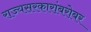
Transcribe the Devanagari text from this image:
राज्यसरकारांबरोबर